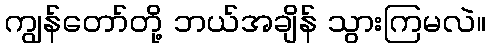
ကျွန်တော်တို့ ဘယ်အချိန် သွားကြမလဲ။